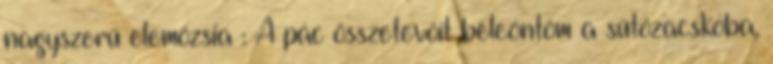
nagyszerű elemózsia : A pác összetevőit beleöntöm a sütőzacskóba,